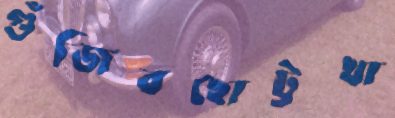
গুঁজিবছোট্টখা